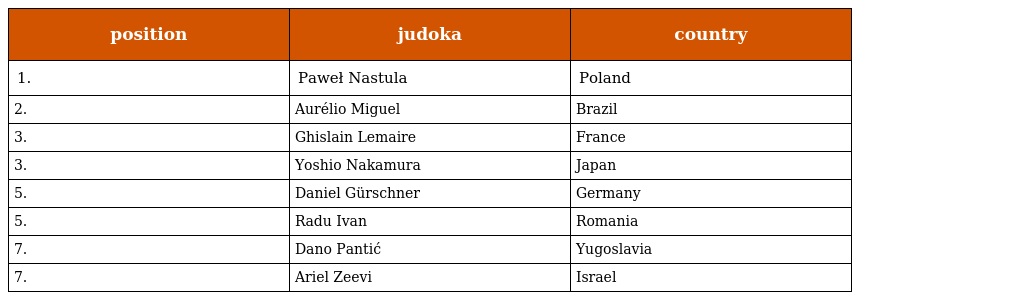
| position | judoka | country |
 | --- | --- | --- |
 | 1. | Paweł Nastula | Poland |
 | 2. | Aurélio Miguel | Brazil |
 | 3. | Ghislain Lemaire | France |
 | 3. | Yoshio Nakamura | Japan |
 | 5. | Daniel Gürschner | Germany |
 | 5. | Radu Ivan | Romania |
 | 7. | Dano Pantić | Yugoslavia |
 | 7. | Ariel Zeevi | Israel |